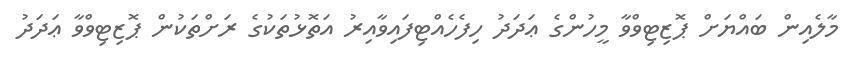
މާލެއިން ބައްޔަށް ޕޮޒިޓިވްވާ މީހުންގެ ޢަދަދު ހިފެހެއްޓިފައިވާއިރު އަތޮޅުތަކުގެ ރަށްތަކުން ޕޮޒިޓިވްވާ ޢަދަދު